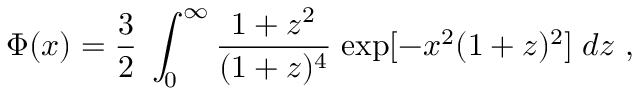
\Phi ( x ) = { \frac { 3 } { 2 } } \; \int _ { 0 } ^ { \infty } { \frac { 1 + z ^ { 2 } } { ( 1 + z ) ^ { 4 } } } \; \mathrm { e x p } [ - x ^ { 2 } ( 1 + z ) ^ { 2 } ] \; d z \ ,